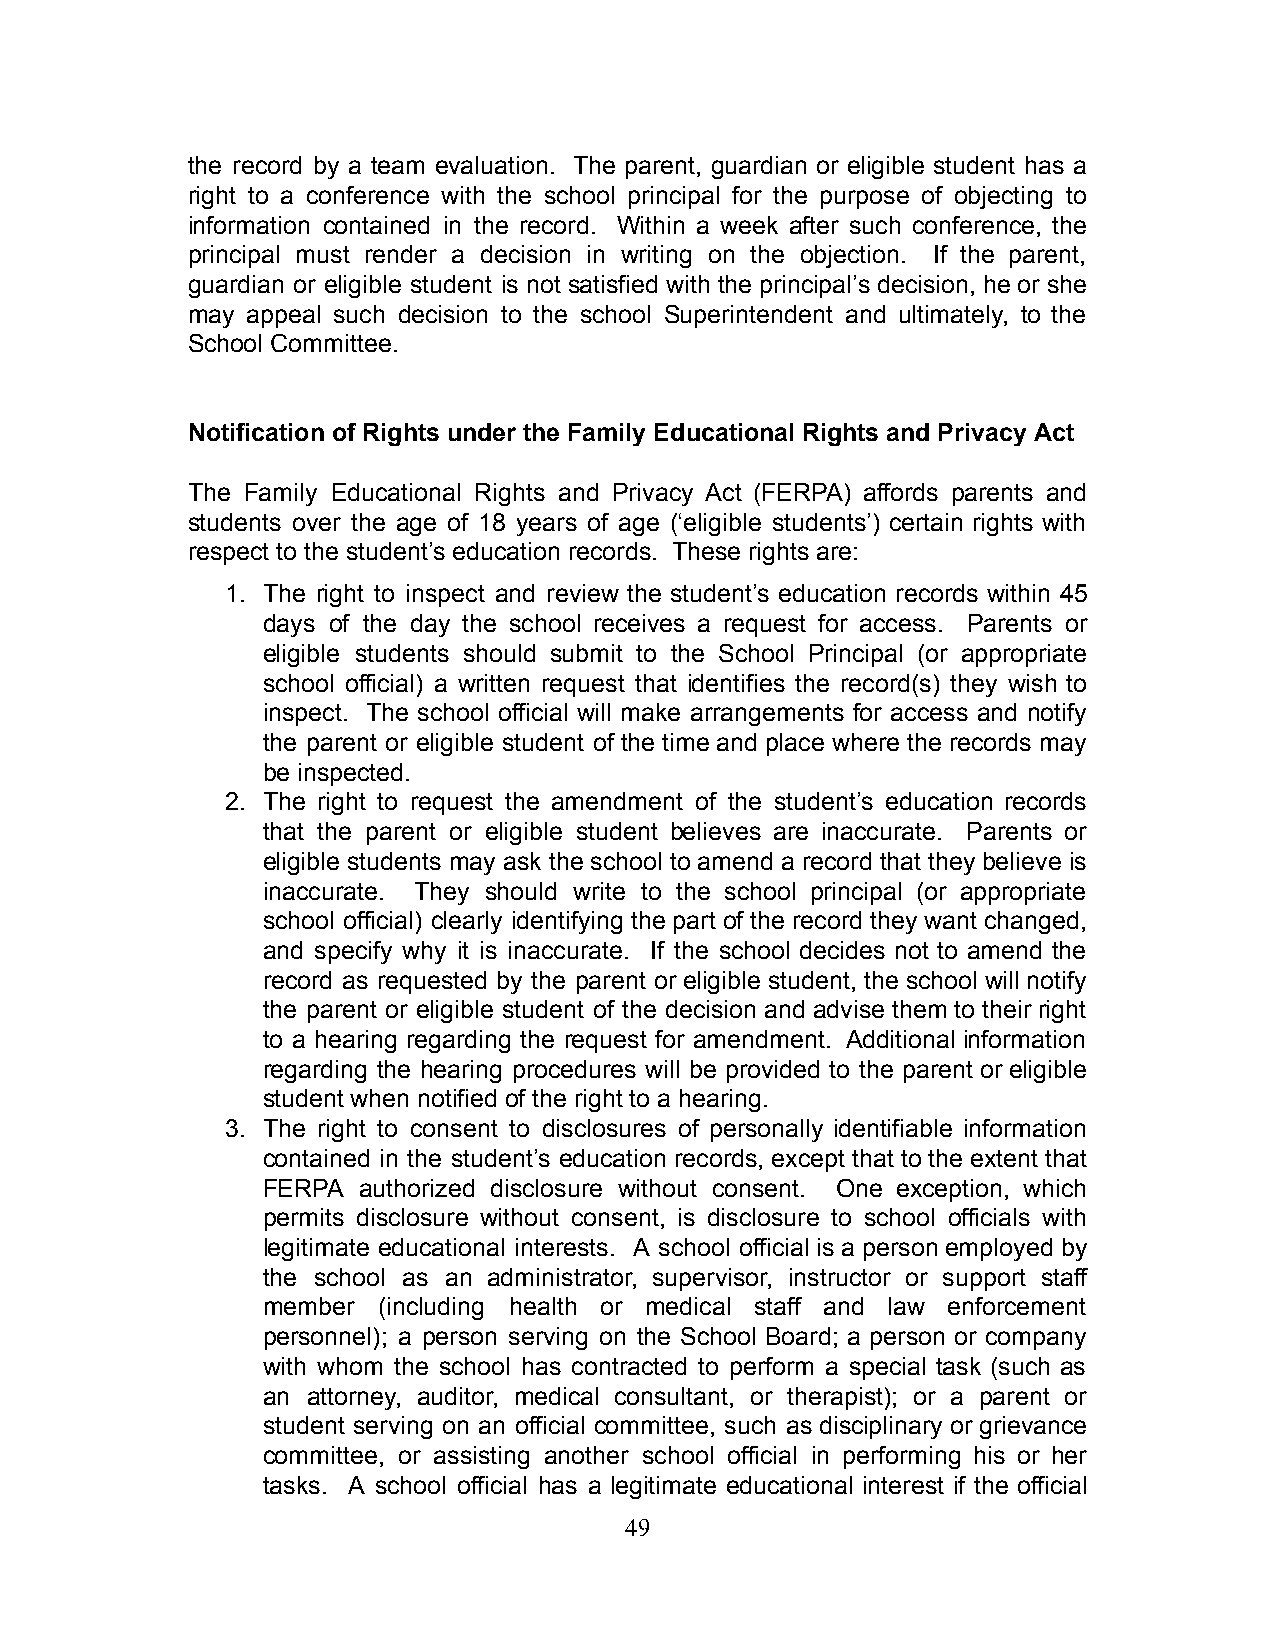
the record by a team evaluation. The parent, guardian or eligible student has a
 right to a conference with the school principal for the purpose of objecting to
 information contained in the record. Within a week after such conference, the
 principal must render a decision in writing on the objection. If the parent,
 guardian or eligible student is not satisfied with the principal’s decision, he or she
 may appeal such decision to the school Superintendent and ultimately, to the
 School Committee.
 Notification of Rights under the Family Educational Rights and Privacy Act
 The Family Educational Rights and Privacy Act (FERPA) affords parents and
 students over the age of 18 years of age (‘eligible students’) certain rights with
 respect to the student’s education records. These rights are:
 1. The right to inspect and review the student’s education records within 45
 days of the day the school receives a request for access. Parents or
 eligible students should submit to the School Principal (or appropriate
 school official) a written request that identifies the record(s) they wish to
 inspect. The school official will make arrangements for access and notify
 the parent or eligible student of the time and place where the records may
 be inspected.
 2. The right to request the amendment of the student’s education records
 that the parent or eligible student believes are inaccurate. Parents or
 eligible students may ask the school to amend a record that they believe is
 inaccurate. They should write to the school principal (or appropriate
 school official) clearly identifying the part of the record they want changed,
 and specify why it is inaccurate. If the school decides not to amend the
 record as requested by the parent or eligible student, the school will notify
 the parent or eligible student of the decision and advise them to their right
 to a hearing regarding the request for amendment. Additional information
 regarding the hearing procedures will be provided to the parent or eligible
 student when notified of the right to a hearing.
 3. The right to consent to disclosures of personally identifiable information
 contained in the student’s education records, except that to the extent that
 FERPA  authorized disclosure without consent. One exception, which
 permits disclosure without consent, is disclosure to school officials with
 legitimate educational interests. A school official is a person employed by
 the school as an administrator, supervisor, instructor or support staff
 member  (including health or medical staff and law enforcement
 personnel); a person serving on the School Board; a person or company
 with whom the school has contracted to perform a special task (such as
 an attorney, auditor, medical consultant, or therapist); or a parent or
 student serving on an official committee, such as disciplinary or grievance
 committee, or assisting another school official in performing his or her
 tasks. A school official has a legitimate educational interest if the official
 49